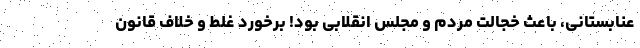
عنابستانی، باعث خجالت مردم و مجلس انقلابی بود! برخورد غلط و خلاف قانون